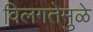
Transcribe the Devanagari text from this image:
विलगतेमुळे